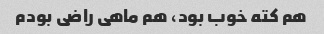
هم کته خوب بود، هم ماهی راضی بودم